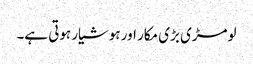
لومڑی بڑی مکار اور ہوشیار ہوتی ہے۔